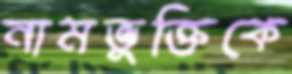
নামভুক্তিকে